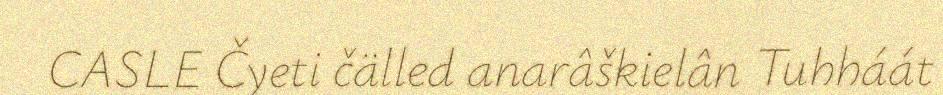
CASLE Čyeti čälled anarâškielân Tuhháát